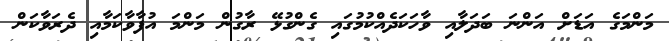
މަންމަގެ އަޑަށް އަންނަ ބަދަލާއި ވާހަކަދެއްކުމުގައި ގެންގުޅޭ ރާގުން މަންމަ އުފާވާކަމާއި ދެރަވާކަން